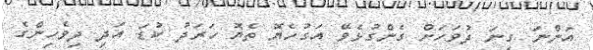
އަންނަ ގިނަ ދުވަހަށް ގެންގުޅެވޭ އަގުހެޔޮ ތެޔޮ ހަރަދު ކުޑަ އަދި ދިވެހިންގެ